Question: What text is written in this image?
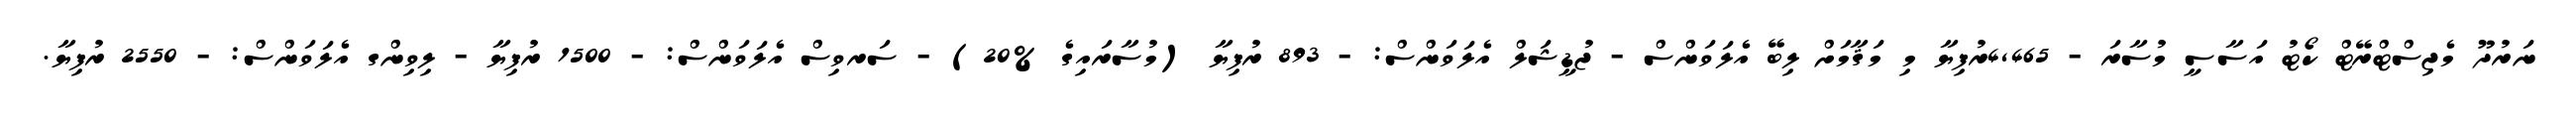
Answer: ނަރުދޫ މެޖިސްޓްރޭޓް ކޯޓު އަސާސީ މުސާރަ - 4,465ރުފިޔާ މި މަޤާމަށް ލިބޭ އެލަވަންސް - ޖުޑީޝަލް އެލަވަންސް: - 893 ރުފިޔާ (މުސާރައިގެ %20) - ސަރވިސް އެލަވަންސް: - 1500 ރުފިޔާ - ލިވިންގ އެލަވަންސް: - 2550 ރުފިޔާ.